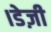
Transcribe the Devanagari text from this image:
।डेज़ी